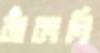
ঝাঁকানি